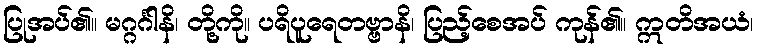
ပြုအပ်၏။ မဂ္ဂင်္ဂါနိ၊ တို့ကို။ ပရိပူရေတဗ္ဗာနိ၊ ပြည့်စေအပ် ကုန်၏။ ဣတိအယံ၊